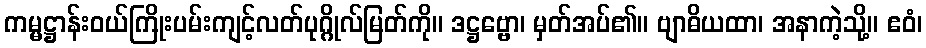
ကမ္မဋ္ဌာန်းဝယ်ကြိုးပမ်းကျင့်လတ်ပုဂ္ဂိုလ်မြတ်ကို။ ဒဋ္ဌဗ္ဗော၊ မှတ်အပ်၏။ ဗျာဓိယထာ၊ အနာကဲ့သို့။ ဧဝံ၊